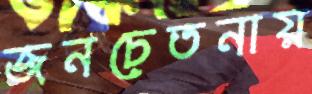
জনচেতনায়